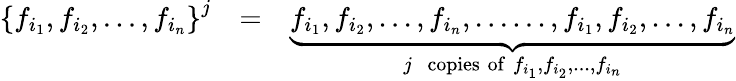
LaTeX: \begin{array}{rlr}{\left\{ f_{i_{1}},f_{i_{2}},...,f_{i_{n}}\right\} ^{j}}&{=}&{\underbrace{f_{i_{1}},f_{i_{2}},...,f_{i_{n}},......,f_{i_{1}},f_{i_{2}},...,f_{i_{n}}}_{j\; \; \mathrm{copies}\; \mathrm{of}\; f_{i_{1}},f_{i_{2}},...,f_{i_{n}}}}\end{array}